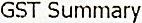
GST SUMMARY